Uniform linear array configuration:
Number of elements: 48
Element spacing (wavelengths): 0.75
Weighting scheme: uniform
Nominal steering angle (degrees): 30
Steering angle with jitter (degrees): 30.161
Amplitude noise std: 0.05
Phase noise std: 0.05

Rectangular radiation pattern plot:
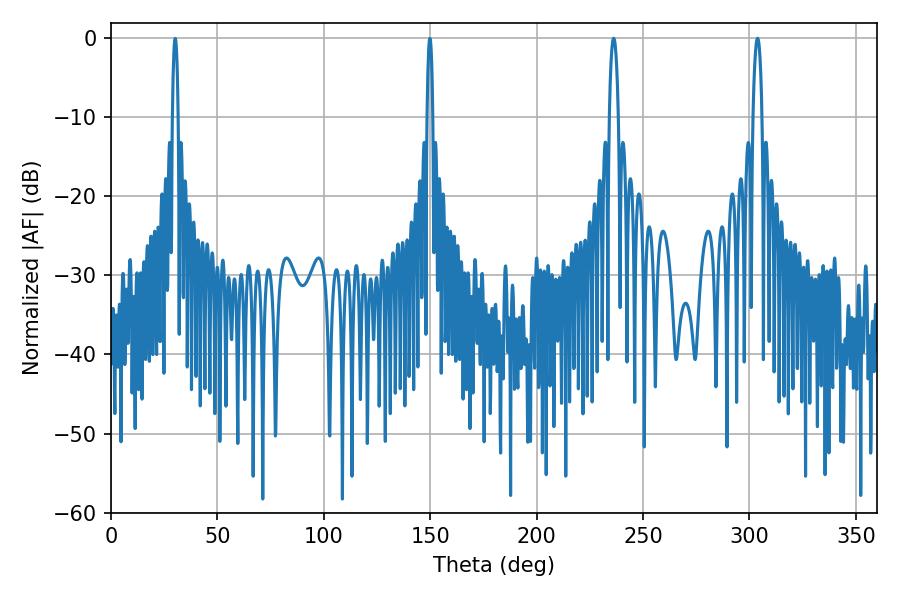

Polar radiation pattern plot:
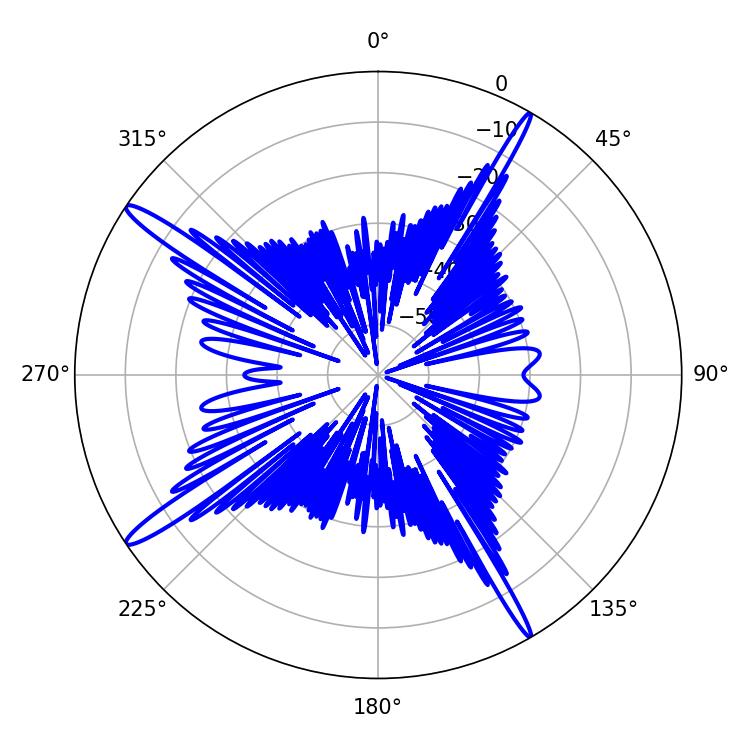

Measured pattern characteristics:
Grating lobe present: TRUE
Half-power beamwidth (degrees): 2.34
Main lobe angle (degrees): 236.16